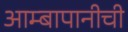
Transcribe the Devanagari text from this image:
आम्बापानीची